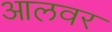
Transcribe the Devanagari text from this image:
आलवर